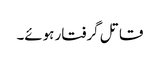
قاتل گرفتار ہوئے۔